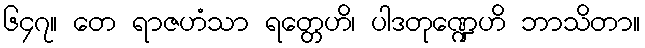
၆၄၇။ တေ ရာဇဟံသာ ရတ္တေဟိ၊ ပါဒတုဏ္ဍေဟိ ဘာသိတာ။